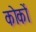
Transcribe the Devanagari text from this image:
कोकों